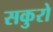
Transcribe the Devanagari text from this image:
सकुरो